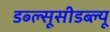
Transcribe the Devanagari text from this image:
डब्ल्सूसीडब्ल्यू